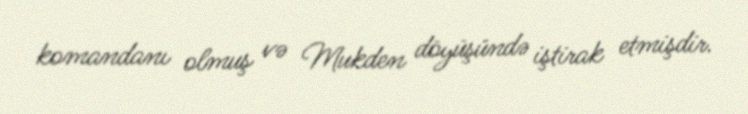
komandanı olmuş və Mukden döyüşündə iştirak etmişdir.